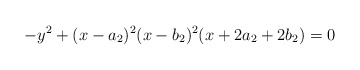
\begin{align*}- y^2 + (x-a_2)^2 (x-b_2)^2 (x+2a_2+2b_2) = 0\end{align*}